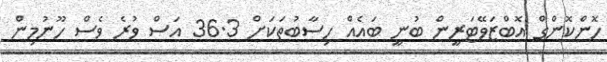
ހޮންކޮންގް އޮބްޒަވޭޓަރީން ބުނީ ބައެއް ހިސާބުތަކަށް 36.3 އަސް ވުރެ ވެސް ހޫނުމިން